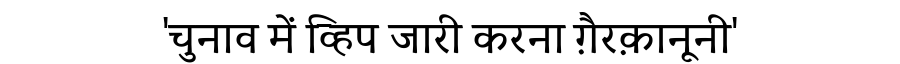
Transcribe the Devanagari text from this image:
'चुनाव में व्हिप जारी करना ग़ैरक़ानूनी'